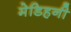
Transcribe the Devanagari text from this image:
मेडिहनी